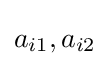
a_{i1},a_{i2}